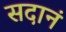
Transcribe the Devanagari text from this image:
सदानं